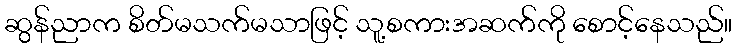
ဆွန်ညာက စိတ်မသက်မသာဖြင့် သူ့စကားအဆက်ကို စောင့်နေသည်။